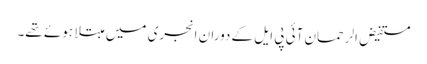
مستفیض الرحمان آئی پی ایل کے دوران انجری میں مبتلا ہوئے تھے۔